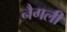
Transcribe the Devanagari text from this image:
नैगली